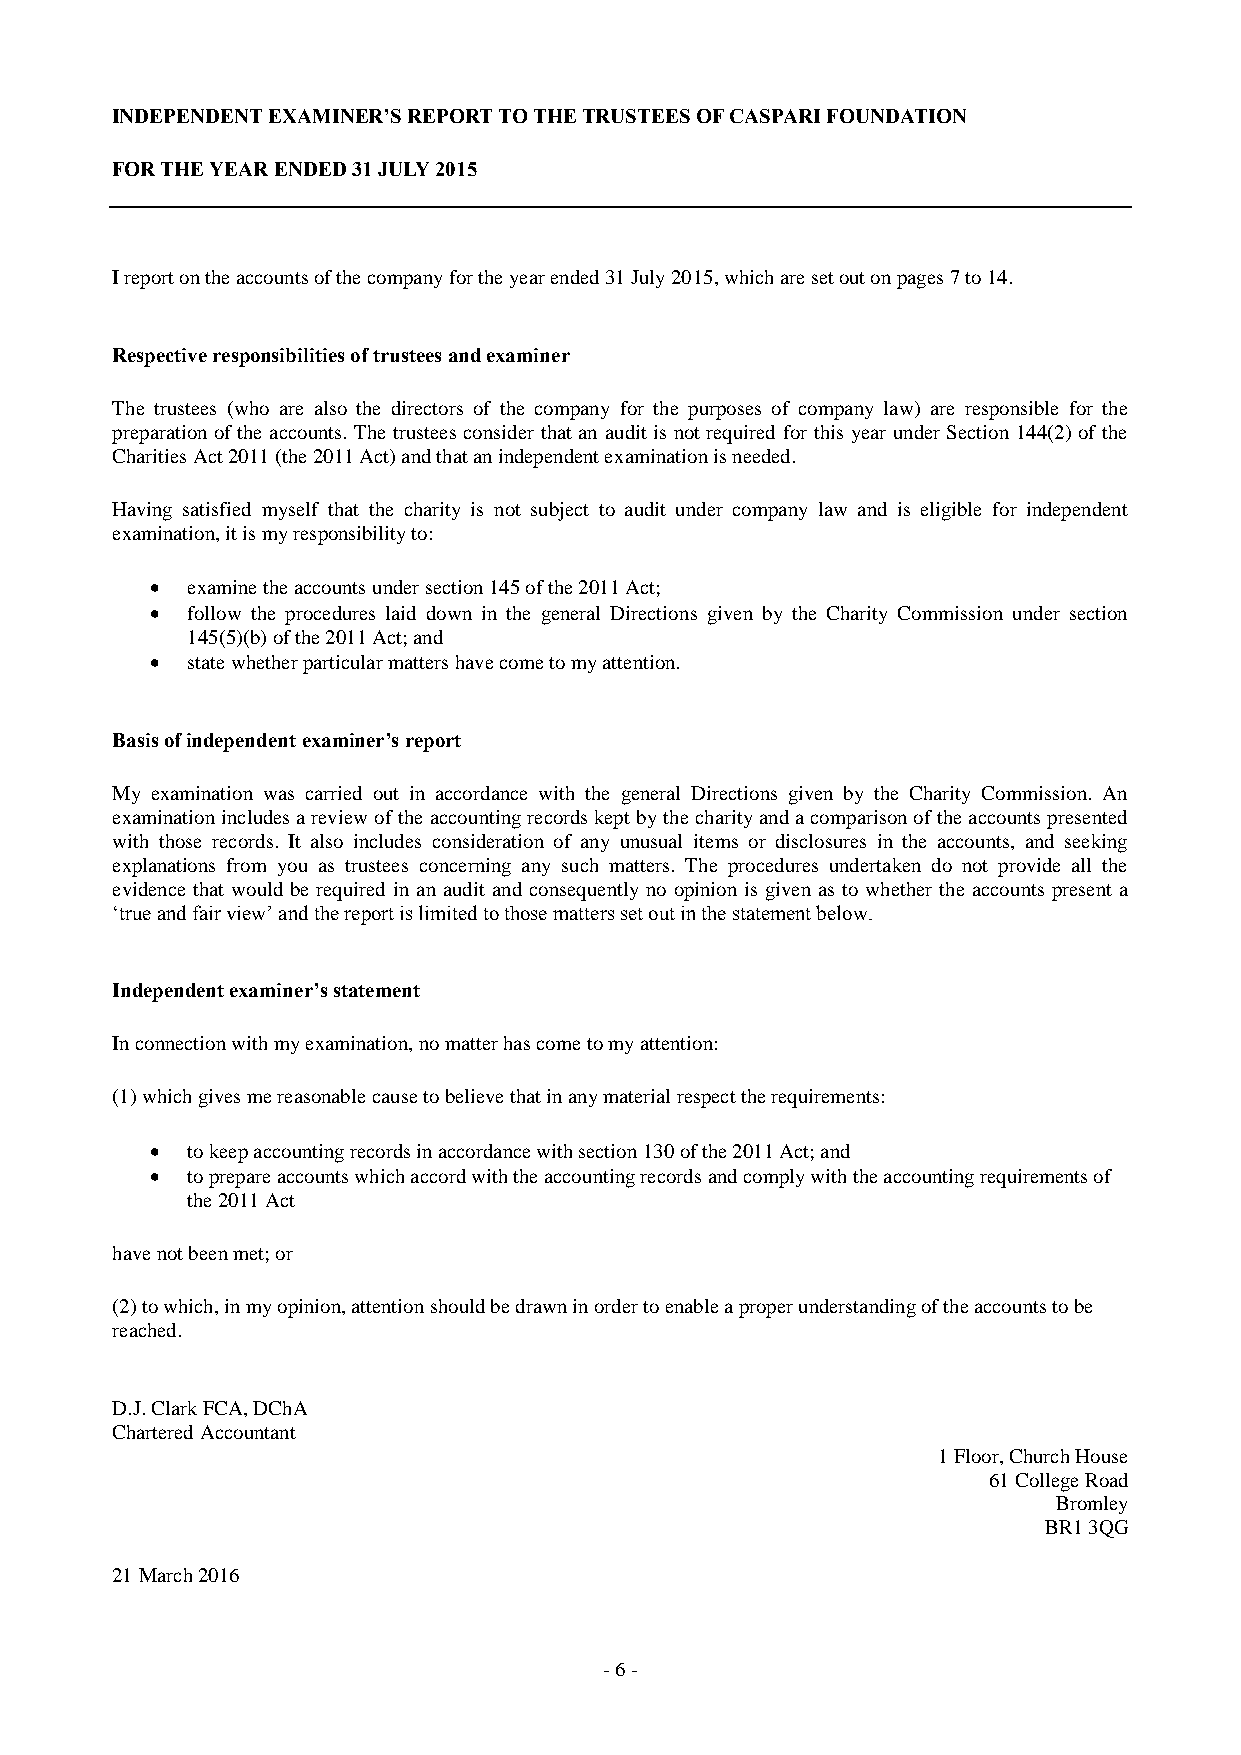
INDEPENDENT EXAMINER’S REPORT TO THE TRUSTEES OF CASPARI FOUNDATION
 FOR THE YEAR ENDED 31 JULY 2015
 I report on the accounts of the company for the year ended 31 July 2015, which are set out on pages 7 to 14.
 Respective responsibilities of trustees and examiner
 The trustees (who are also the directors of the company for the purposes of company law) are responsible for the
 preparation of the accounts. The trustees consider that an audit is not required for this year under Section 144(2) of the
 Charities Act 2011 (the 2011 Act) and that an independent examination is needed.
 Having satisfied myself that the charity is not subject to audit under company law and is eligible for independent
 examination, it is my responsibility to:
  examine the accounts under section 145 of the 2011 Act;
  follow the procedures laid down in the general Directions given by the Charity Commission under section
 145(5)(b) of the 2011 Act; and
  state whether particular matters have come to my attention.
 Basis of independent examiner’s report
 My examination was carried out in accordance with the general Directions given by the Charity Commission. An
 examination includes a review of the accounting records kept by the charity and a comparison of the accounts presented
 with those records. It also includes consideration of any unusual items or disclosures in the accounts, and seeking
 explanations from you as trustees concerning any such matters. The procedures undertaken do not provide all the
 evidence that would be required in an audit and consequently no opinion is given as to whether the accounts present a
 ‘true and fair view’ and the report is limited to those matters set out in the statement below.
 Independent examiner’s statement
 In connection with my examination, no matter has come to my attention:
 (1) which gives me reasonable cause to believe that in any material respect the requirements:
  to keep accounting records in accordance with section 130 of the 2011 Act; and
  to prepare accounts which accord with the accounting records and comply with the accounting requirements of
 the 2011 Act
 have not been met; or
 (2) to which, in my opinion, attention should be drawn in order to enable a proper understanding of the accounts to be
 reached.
 D.J. Clark FCA, DChA
 Chartered Accountant
 1 Floor, Church House
 61 College Road
 Bromley
 BR1 3QG
 21 March 2016
 - 6 -